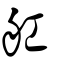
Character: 舡